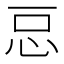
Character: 𭜓